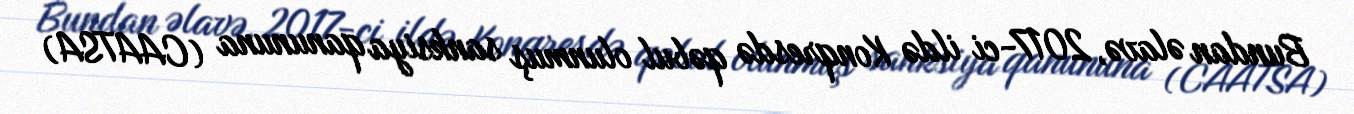
Bundan əlavə, 2017-ci ildə Konqresdə qəbul olunmuş sanksiya qanununa (CAATSA)